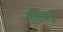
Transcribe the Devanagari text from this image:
दृष्टिबद्ध